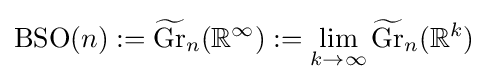
\operatorname {BSO} (n):={\widetilde {\operatorname {Gr} }}_{n}(\mathbb {R} ^{\infty }):=\lim _{k\rightarrow \infty }{\widetilde {\operatorname {Gr} }}_{n}(\mathbb {R} ^{k})